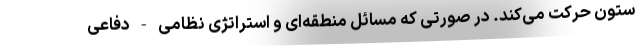
ستون حرکت می‌کند. در صورتی که مسائل منطقه‌ای و استراتژی نظامی - دفاعی